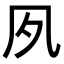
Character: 𡖆